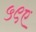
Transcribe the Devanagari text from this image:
५९ए